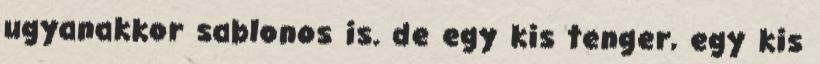
ugyanakkor sablonos is. de egy kis tenger, egy kis